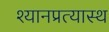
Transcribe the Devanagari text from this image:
श्यानप्रत्यास्थ